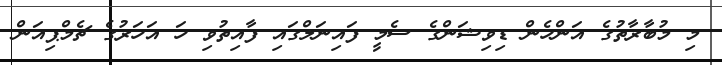
މި މުބާރާތުގެ އަންހެން ޑިވިޝަންގެ ސެމީ ފައިނަލްގައި ފާއިތުވި ހަ އަހަރުގެ ޗެމްޕިއަން